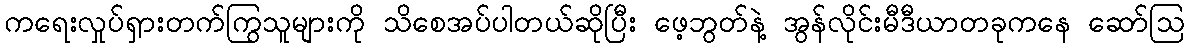
ကရေးလှုပ်ရှားတက်ကြွသူများကို သိစေအပ်ပါတယ်ဆိုပြီး ဖေ့ဘွတ်နဲ့ အွန်လိုင်းမီဒီယာတခုကနေ ဆော်သြ